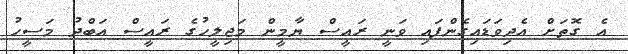
އެ ގޮތަށް އެދިވަޑައިގެންފައި ވަނީ ރައީސް ޔާމީން މަޖިލީހުގެ ރައީސް އަބްދު މަސީހު